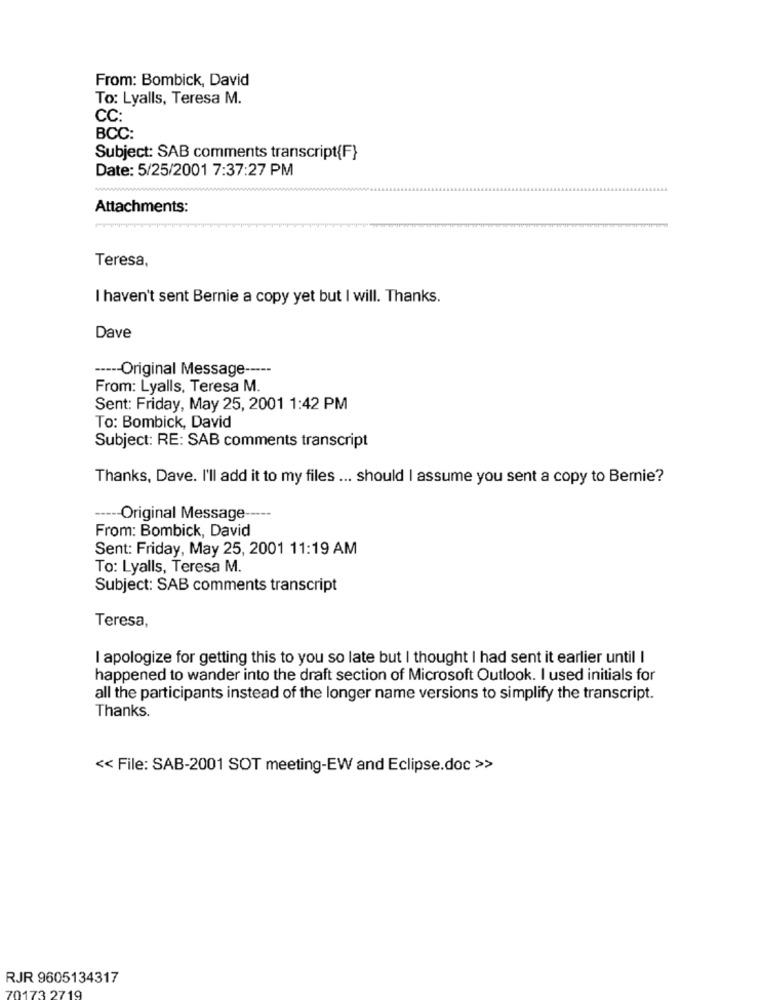
From: Bombick, David
To: Lyalls, Teresa M.
CC:
BCC:
Subject: SAB comments transcript{F}
Date: 5/25/2001 7:37:27 PM
Attachments:
Teresa,
I haven't sent Bernie a copy yet but I will. Thanks.
Dave
----- Original Message -----
From: Lyalls, Teresa M.
Sent: Friday, May 25, 2001 1:42 PM
To: Bombick, David
Subject: RE: SAB comments transcript
Thanks, Dave. I'll add it to my files ... should I assume you sent a copy to Bernie?
----- Original Message --
From: Bombick, David
Sent: Friday, May 25, 2001 11:19 AM
To: Lyalls, Teresa M.
Subject: SAB comments transcript
Teresa,
I apologize for getting this to you so late but I thought I had sent it earlier until I
happened to wander into the draft section of Microsoft Outlook. I used initials for
all the participants instead of the longer name versions to simplify the transcript.
Thanks.
<< File: SAB-2001 SOT meeting-EW and Eclipse.doc >>
RJR 9605134317
173 2719